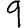
Digit: 9